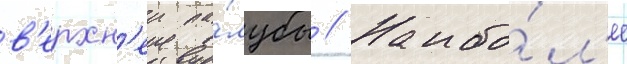
в'ерхн'еи па́лубы // Наибо́л'ее